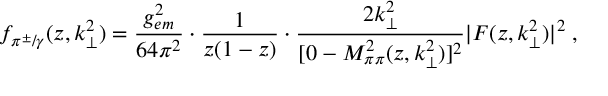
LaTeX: f _ { \pi ^ { \pm } / \gamma } ( z , k _ { \perp } ^ { 2 } ) = \frac { g _ { e m } ^ { 2 } } { 6 4 \pi ^ { 2 } } \cdot \frac { 1 } { z ( 1 - z ) } \cdot \frac { 2 k _ { \perp } ^ { 2 } } { [ 0 - M _ { \pi \pi } ^ { 2 } ( z , k _ { \perp } ^ { 2 } ) ] ^ { 2 } } | F ( z , k _ { \perp } ^ { 2 } ) | ^ { 2 } \; ,